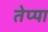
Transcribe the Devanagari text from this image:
तेप्पा